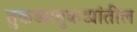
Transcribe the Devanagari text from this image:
तुकड्यातुकड्यांतील